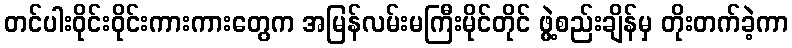
တင်ပါးဝိုင်းဝိုင်းကားကားတွေက အမြန်လမ်းမကြီးမိုင်တိုင် ဖွဲ့စည်းချိန်မှ တိုးတက်ခဲ့ကာ